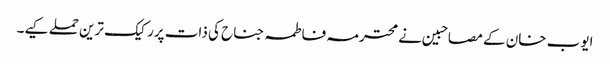
ایوب خان کے مصاحبین نے محترمہ فاطمہ جناح کی ذات پررکیک ترین حملے کیے۔